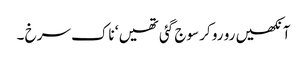
آنکھیں رو رو کر سوج گئی تھیں ‘ ناک سرخ ۔